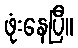
ဖုံးနေပြီ။